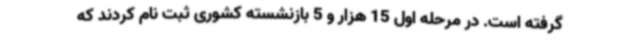
گرفته است. در مرحله اول 15 هزار و 5 بازنشسته کشوری ثبت نام کردند که